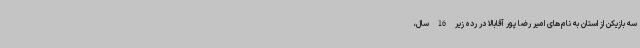
سه بازیکن از استان به نام‌های امیر رضا پور آقابالا در رده زیر 16 سال،